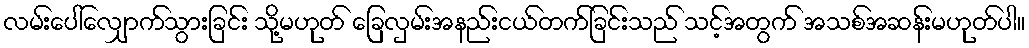
လမ်းပေါ်လျှောက်သွားခြင်း သို့မဟုတ် ခြေလှမ်းအနည်းငယ်တက်ခြင်းသည် သင့်အတွက် အသစ်အဆန်းမဟုတ်ပါ။